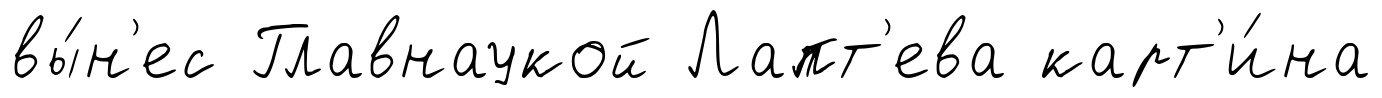
вы́н'ес Главнаукой Лапт'ева карт'и́на